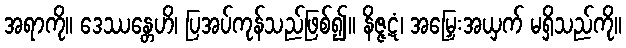
အရာကို။ ဒေဿန္တေဟိ၊ ပြအပ်ကုန်သည်ဖြစ်၍။ နိဇ္ဇဋံ၊ အမြှေးအယှက် မရှိသည်ကို။